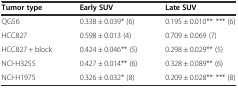
| Tumor type | Early SUV | Late SUV |
 | --- | --- | --- |
 | QG56 | 0.338 ± 0.039* (6) | 0.195 ± 0.010**, *** (6) |
 | HCC827 | 0.598 ± 0.013 (4) | 0.709 ± 0.069 (7) |
 | HCC827 + block | 0.424 ± 0.046** (5) | 0.298 ± 0.029** (5) |
 | NCI-H3255 | 0.427 ± 0.014** (6) | 0.328 ± 0.089** (6) |
 | NCI-H1975 | 0.326 ± 0.032* (8) | 0.209 ± 0.028**, *** (8) |